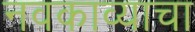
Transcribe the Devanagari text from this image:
नवकाव्याचा